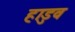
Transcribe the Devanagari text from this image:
हाडुव